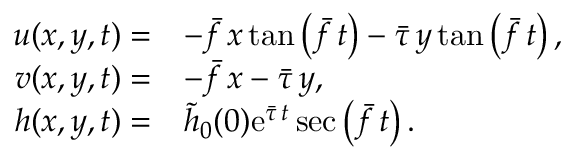
\begin{array} { r l } { u ( x , y , t ) = } & { - \bar { f } \, x \, \mathrm { t a n } \left( \bar { f } \, t \right) - \bar { \tau } \, y \, \mathrm { t a n } \left( \bar { f } \, t \right) , } \\ { v ( x , y , t ) = } & { - \bar { f } \, x - \bar { \tau } \, y , } \\ { h ( x , y , t ) = } & { \tilde { h } _ { 0 } ( 0 ) \mathrm { e } ^ { \bar { \tau } \, t } \sec \left( \bar { f } \, t \right) . } \end{array}